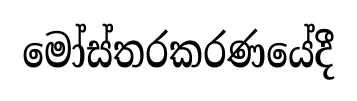
මෝස්තරකරණයේදී